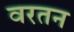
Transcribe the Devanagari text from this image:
वरतन